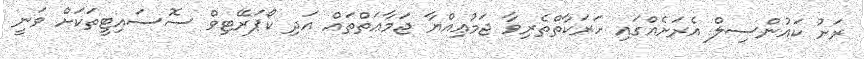
ރަށު ކައުންސިލް އެރަށެއްގައި ހަރަކާތްތެރިވާ ޖަމުޢިއްޔާ ޖަމާޢަތްތައް އަދި ކޯޕަރޭޓިވް ސޮސައިޓީތަކަށް ވަނީ